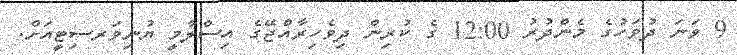
9 ވަނަ ދުވަހުގެ މެންދުރު 12:00 ގެ ކުރިން ދިވެހިރާއްޖޭގެ އިސްލާމީ ޔުނިވަރސިޓީއަށް.